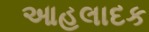
આહલાદક